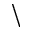
\backslash